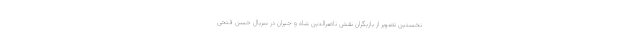
نخستین تصویر از بازیگران نقش ناصرالدین شاه و جیران در سریال حسن فتحی